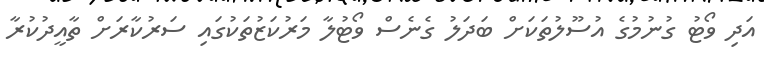
އަދި ވޯޓު ގުނުމުގެ އުސޫލުތަކަށް ބަދަލު ގެނެސް ވޯޓުލާ މަރުކަޒުތަކުގައި ސަރުކާރަށް ތާއީދުކުރާ